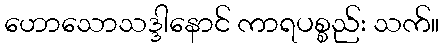
ဟောသောသဒ္ဒါနောင် ကာရပစ္စည်း သက်။